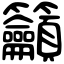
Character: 籲